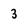
Character: 3